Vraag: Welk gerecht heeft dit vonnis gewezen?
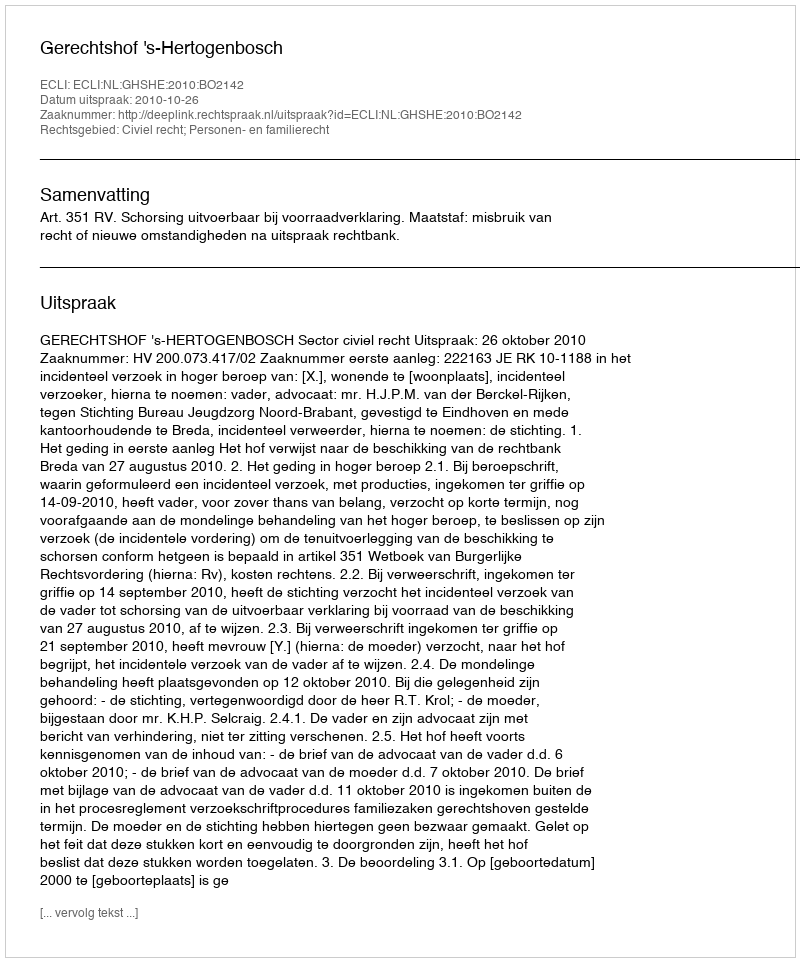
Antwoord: Gerechtshof 's-Hertogenbosch